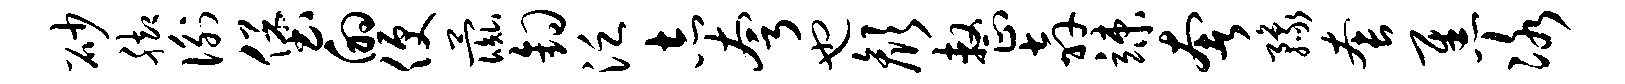
砂脚衡堡的便彘钩泛志夸也颜整奔竦奢豫套焦冰